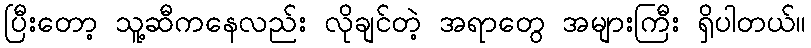
ပြီးတော့ သူ့ဆီကနေလည်း လိုချင်တဲ့ အရာတွေ အများကြီး ရှိပါတယ်။